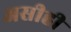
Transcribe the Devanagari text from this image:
असीही